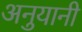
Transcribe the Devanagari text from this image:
अनुयानी